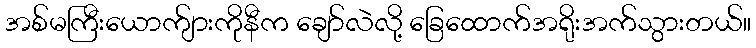
အစ်မကြီးယောက်ျားကိုနီက ချော်လဲလို့ ခြေထောက်အရိုးအက်သွားတယ်။